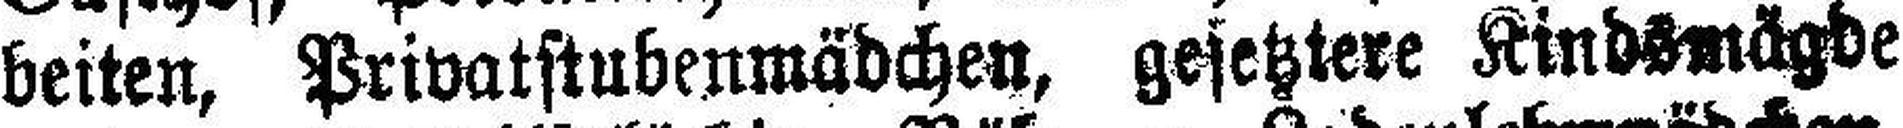
beiten, Privatstubenmädchen, gesetztere Kindsmägde